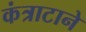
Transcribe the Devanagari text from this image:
कंत्राटाने